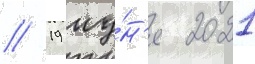
// 19 иу́н'я 2021